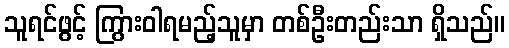
သူရင်ဖွင့် ကြွားဝါရမည့်သူမှာ တစ်ဦးတည်းသာ ရှိသည်။